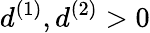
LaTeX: d^{(1)},d^{(2)}>0